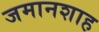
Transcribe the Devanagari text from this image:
जमानशाह